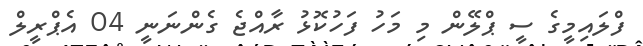
ފްލައިމީގެ ސީ ޕްލޭން މި މަހު ފަހުކޮޅު ރާއްޖެ ގެންނަނީ 04 އެޕްރީލް